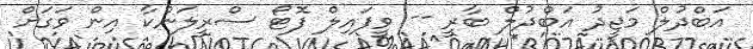
އަބްދުލް މަޖީދު އަބްދުލް ބާރީ -- ވީފައިލް ފޮޓޯ ސްރީލަންކާ އިން ވަގަށް